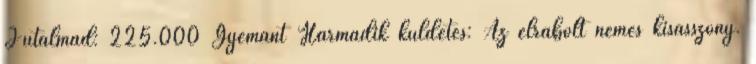
Jutalmad: 225.000 Gyémánt Harmadik küldetés: Az elrabolt nemes kisasszony.